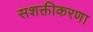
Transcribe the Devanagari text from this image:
सशक्तीकरणा